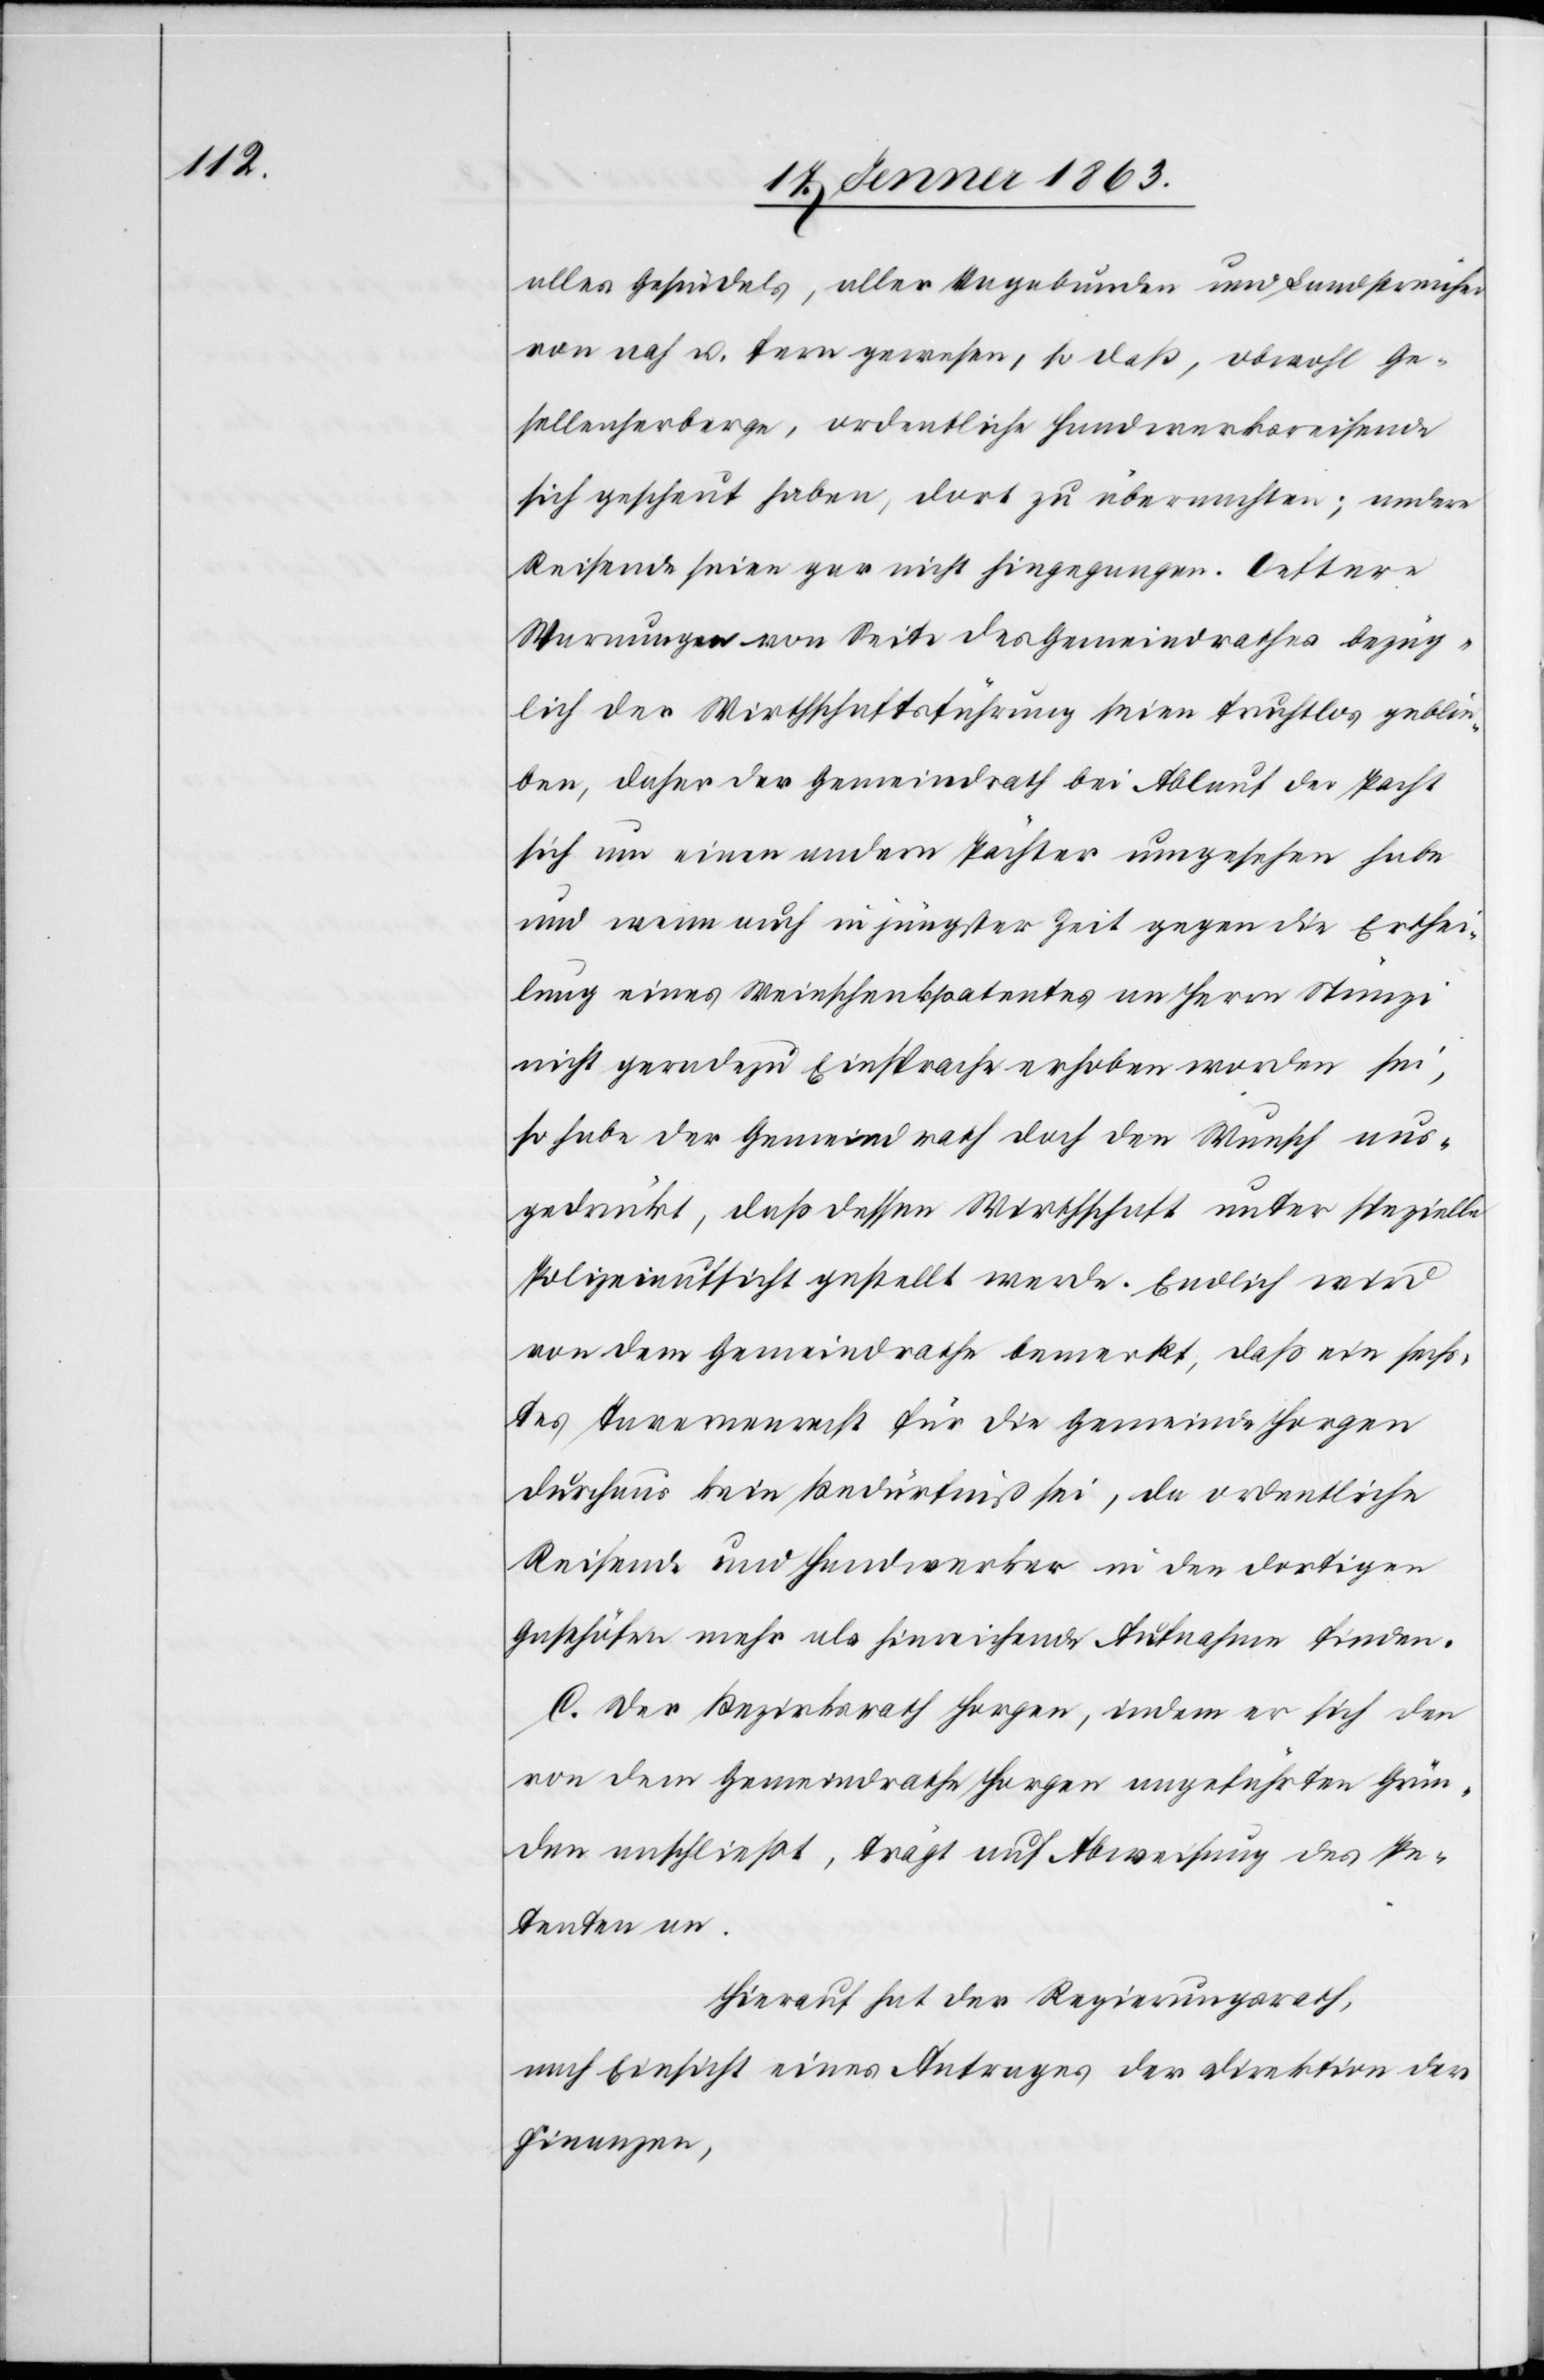
alles Gesindels, aller Vagabunden und Landstreicher
von nah u. fern gewesen, so daß, obwohl Ge¬
sellenherberge, ordentliche Handwerksreisende
sich gescheut haben, dort zu übernachten; andere
Reisende seien gar nicht hingegangen. Oeftere
Warnungen von Seite des Gemeindrathes bezüg¬
lich der Wirthschaftsführung seien fruchtlos geblie¬
ben, daher der Gemeindrath bei Ablauf der Pacht
sich um einen andern Pächter umgesehen habe
und wenn auch in jüngster Zeit gegen die Erthei¬
lung eines Weinschenkpatentes an Herrn Stünzi
nicht geradezu Einsprache erhoben worden sei,
so habe der Gemeindrath doch den Wunsch aus¬
gedrückt, daß dessen Wirthschaft unter spezielle
Polizeiaufsicht gestellt werde. Endlich wird
von dem Gemeindrathe bemerkt, daß ein sechs¬
tes Tavernenrecht für die Gemeinde Horgen
durchaus kein Bedürfniß sei, da ordentliche
Reisende und Handwerker in den dortigen
Gasthöfen mehr als hinreichende Aufnahme finden.
C. Der Bezirksrath Horgen, indem er sich den
von dem Gemeindrathe Horgen angeführten Grün¬
den anschließt, trägt auf Abweisung des Pe¬
tenten an.
Hierauf hat der Regierungsrath,
nach Einsicht eines Antrages der Direktion der
Finanzen,